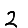
Digit: 2